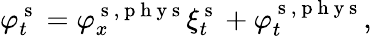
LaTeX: \varphi_{t}^{\mathrm{~s~}}=\varphi_{x}^{\mathrm{~s~},\mathrm{~p~h~y~s~}}\xi_{t}^{\mathrm{~s~}}+\varphi_{t}^{\mathrm{~s~},\mathrm{~p~h~y~s~}},